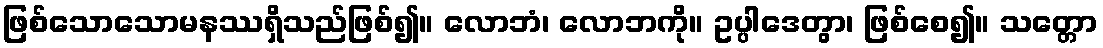
ဖြစ်သောသောမနဿရှိသည်ဖြစ်၍။ လောဘံ၊ လောဘကို။ ဥပ္ပါဒေတွာ၊ ဖြစ်စေ၍။ သတ္တော